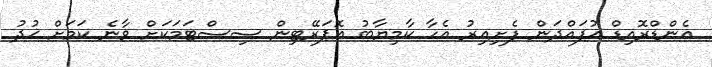
އެންޑްރޮއިޑް އުފައްދަން ފެށިއިރު އެހާ ކާމިޔާބު އޮޕަރޭޓިން ސިސްޓަމަކަށް ވާނެ ކަމަށް ޚުދު